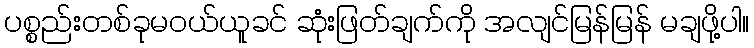
ပစ္စည်းတစ်ခုမဝယ်ယူခင် ဆုံးဖြတ်ချက်ကို အလျင်မြန်မြန် မချဖို့ပါ။